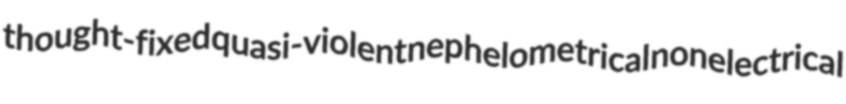
thought-fixed quasi-violent nephelometrical nonelectrical